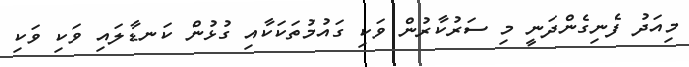
މިއަދު ފެނިގެންދަނީ މި ސަރުކާރުން ވަކި ގައުމުތަކަކާއި ގުޅުން ކަނޑާލައި ވަކި ވަކި